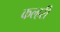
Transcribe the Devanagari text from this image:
कल्हरी